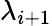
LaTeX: \lambda_{i+1}